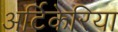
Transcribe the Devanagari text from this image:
अर्टिकेरिया